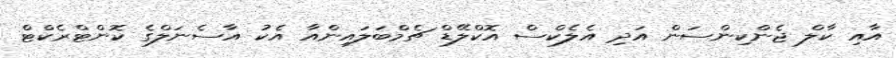
އާއި ކާލް ޖެންކިންސަން އަދި އެލެކްސް އޮކްލޭޑް ޗެމްބަލައިންއާ އެކު އާސެނަލްގެ ކޮންޓްރެކްޓް